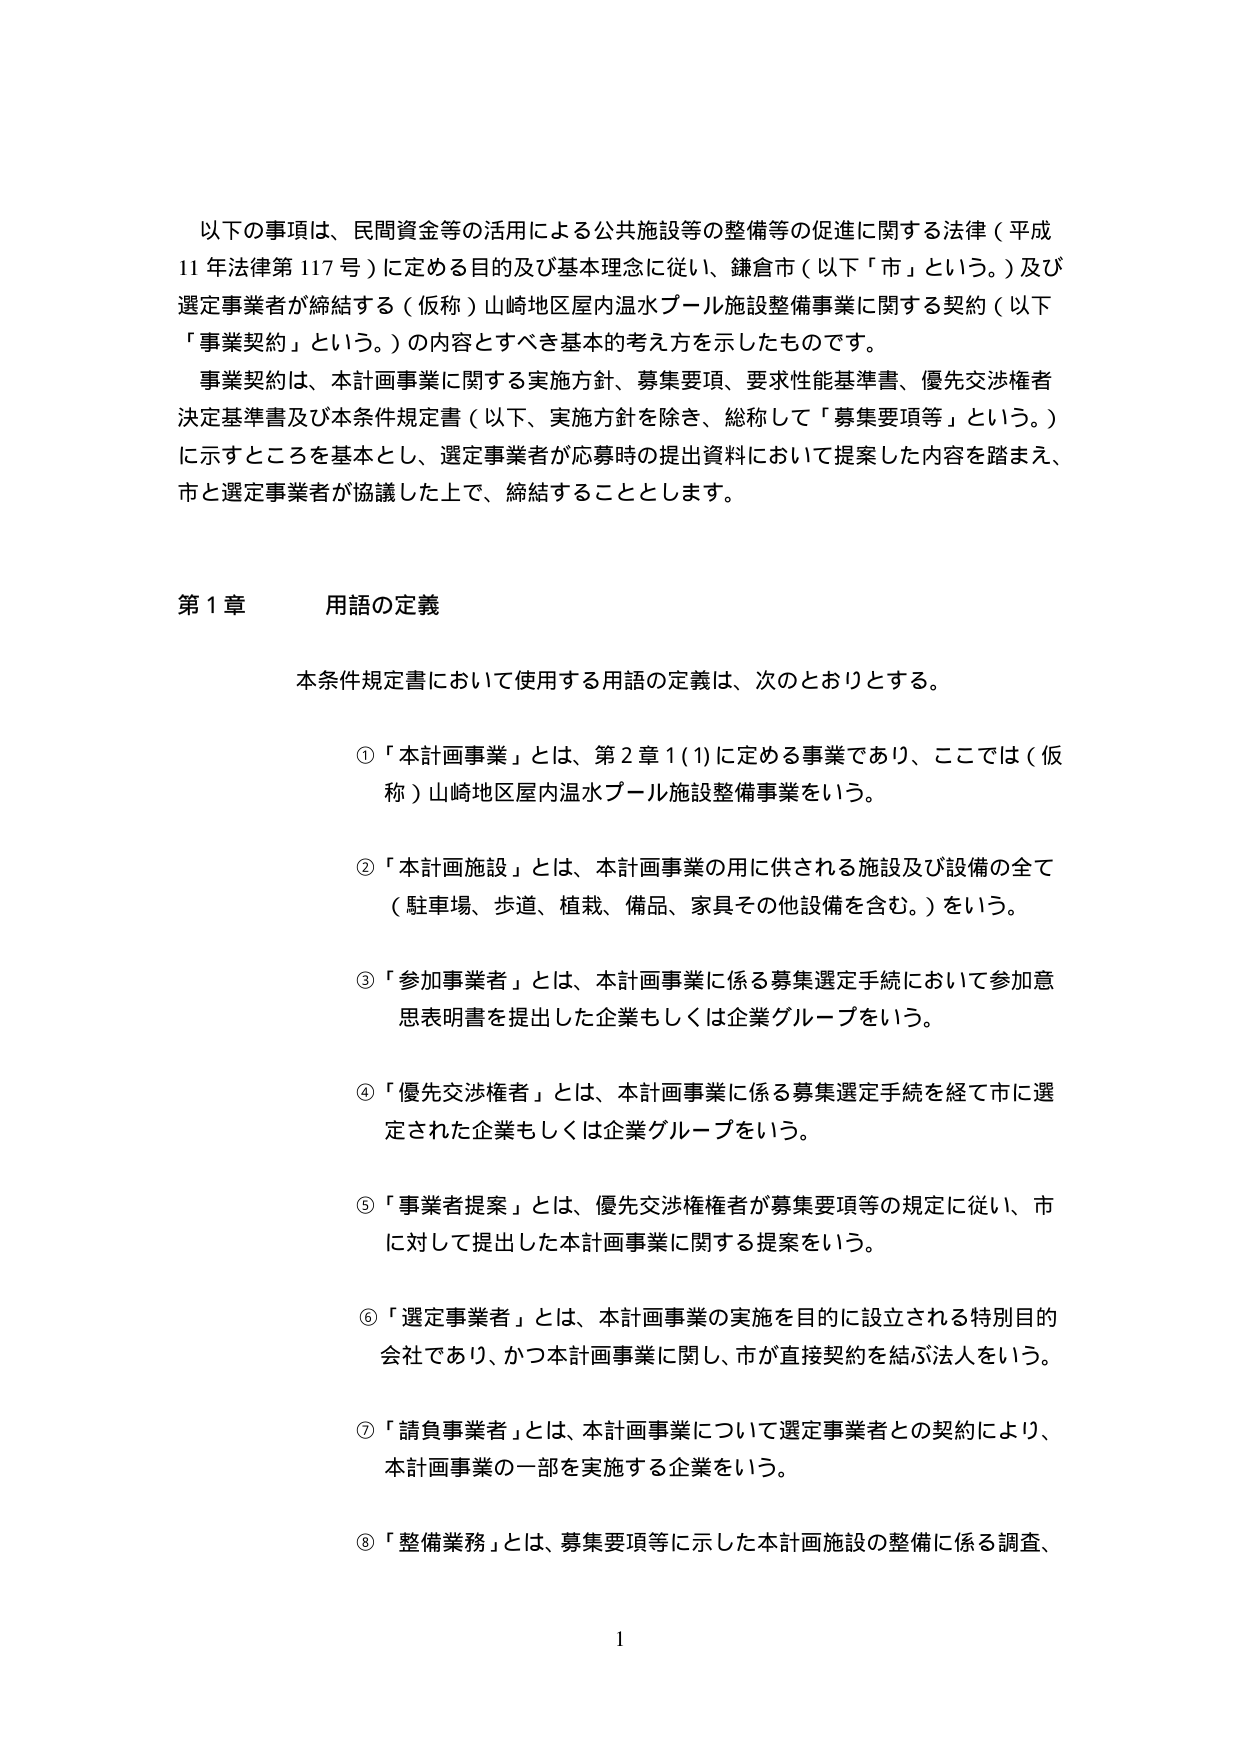
以下の事項は、民間資金等の活用による公共施設等の整備等の促進に関する法律（平成11年法律第117号）に定める目的及び基本理念に従い、鎌倉市（以下「市」という。）及び選定事業者が締結する（仮称）山崎地区屋内温水プール施設整備事業に関する契約（以下「事業契約」という。）の内容とすべき基本的考え方を示したものです。

事業契約は、本計画事業に関する実施方針、募集要項、要求性能基準書、優先交渉権者決定基準書及び本条件規定書（以下、実施方針を除き、総称して「募集要項等」という。）に示すところを基本とし、選定事業者が応募時の提出資料において提案した内容を踏まえ、市と選定事業者が協議した上で、締結することとします。

第1章 用語の定義

本条件規定書において使用する用語の定義は、次のとおりとする。

①「本計画事業」とは、第2章1(1)に定める事業であり、ここでは（仮称）山崎地区屋内温水プール施設整備事業をいう。

②「本計画施設」とは、本計画事業の用に供される施設及び設備の全て（駐車場、歩道、植栽、備品、家具その他設備を含む。）をいう。

③「参加事業者」とは、本計画事業に係る募集選定手続において参加意思表明書を提出した企業もしくは企業グループをいう。

④「優先交渉権者」とは、本計画事業に係る募集選定手続を経て市に選定された企業もしくは企業グループをいう。

⑤「事業者提案」とは、優先交渉権者が募集要項等の規定に従い、市に対して提出した本計画事業に関する提案をいう。

⑥「選定事業者」とは、本計画事業の実施を目的に設立される特別目的会社であり、かつ本計画事業に関し、市が直接契約を結ぶ法人をいう。

⑦「請負事業者」とは、本計画事業について選定事業者との契約により、本計画事業の一部を実施する企業をいう。

⑧「整備業務」とは、募集要項等に示した本計画施設の整備に係る調査、

1